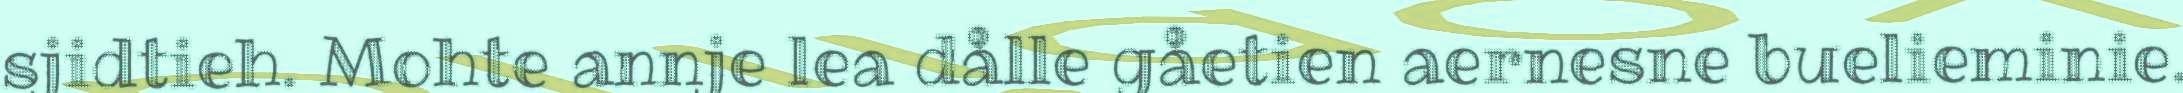
sjidtieh. Mohte annje lea dålle gåetien aernesne buelieminie.